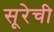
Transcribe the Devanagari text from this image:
सूरेची